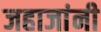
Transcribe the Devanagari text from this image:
जहाजांनी